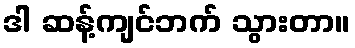
ဒါ ဆန့်ကျင်ဘက် သွားတာ။